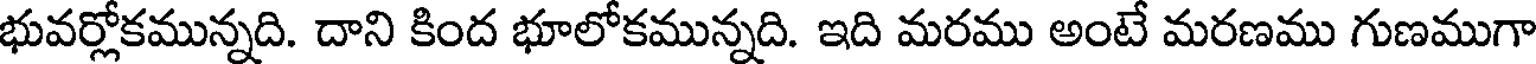
భువర్లోకమున్నది. దాని కింద భూలోకమున్నది. ఇది మరము అంటే మరణము గుణముగా